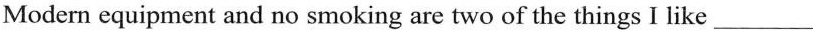
Modern equipment and no smoking are two of the things I like___